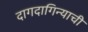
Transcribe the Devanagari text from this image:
दागदागिन्याची